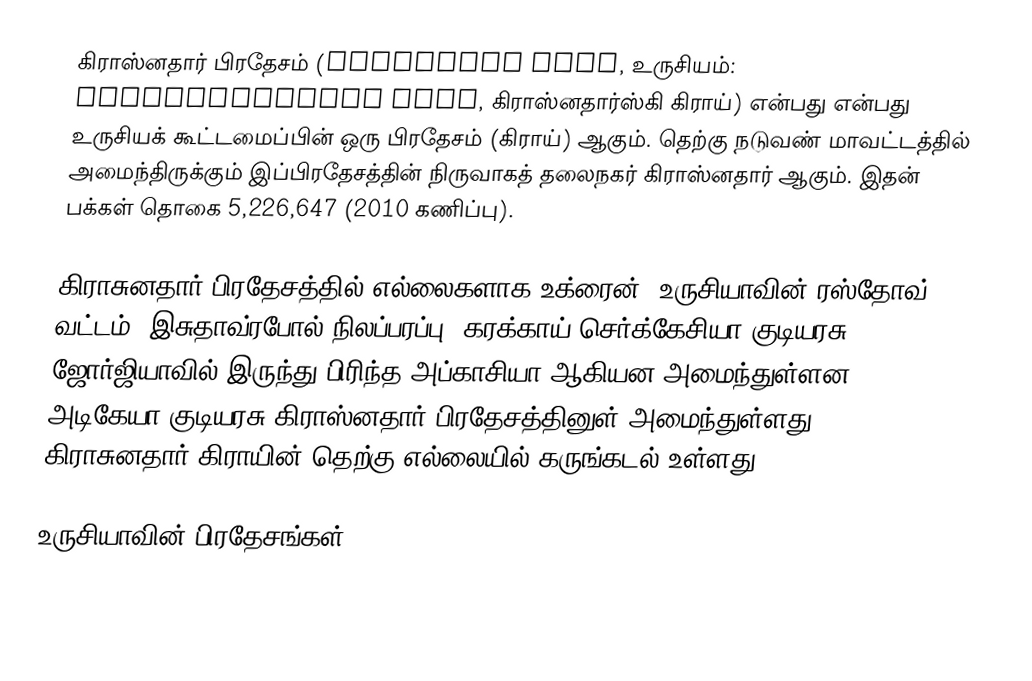
கிராஸ்னதார் பிரதேசம் (Krasnodar Krai, உருசியம்: Краснода́рский край, கிராஸ்னதார்ஸ்கி கிராய்) என்பது என்பது உருசியக் கூட்டமைப்பின் ஒரு பிரதேசம் (கிராய்) ஆகும். தெற்கு நடுவண் மாவட்டத்தில் அமைந்திருக்கும் இப்பிரதேசத்தின் நிருவாகத் தலைநகர் கிராஸ்னதார் ஆகும். இதன் பக்கள் தொகை 5,226,647 (2010 கணிப்பு).

கிராசுனதார் பிரதேசத்தில் எல்லைகளாக உக்ரைன், உருசியாவின் ரஸ்தோவ் வட்டம், இசுதாவ்ரபோல் நிலப்பரப்பு, கரக்காய் செர்க்கேசியா குடியரசு, ஜோர்ஜியாவில் இருந்து பிரிந்த அப்காசியா ஆகியன அமைந்துள்ளன. அடிகேயா குடியரசு கிராஸ்னதார் பிரதேசத்தினுள் அமைந்துள்ளது. கிராசுனதார் கிராயின் தெற்கு எல்லையில் கருங்கடல் உள்ளது.

உருசியாவின் பிரதேசங்கள்